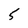
Character: 5